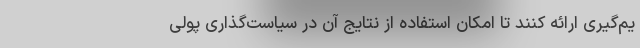
یم‌گیری ارائه کنند تا امکان استفاده از نتایج آن در سیاست‌گذاری پولی